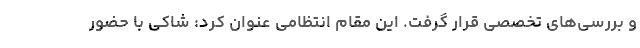
و بررسی‌های تخصصی قرار گرفت. این مقام انتظامی عنوان کرد: شاکی با حضور